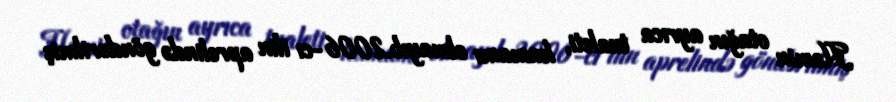
Həmin otağın ayrıca tualeti, hamamı olmayıb.2006-cı ilin aprelində göndərilmiş